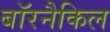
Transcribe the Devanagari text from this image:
बॉरनैकिल